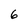
Character: 6